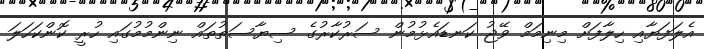
އެލަފަޔާއި ހިލާފަށް މިނިމަމް ވޭޖު ކަނޑައެޅުމުން ސަރުކާރުގެ ސިޔާސަތުތައް ނިންމުމުގައި ހުރީ ކޮންކަހަލަ